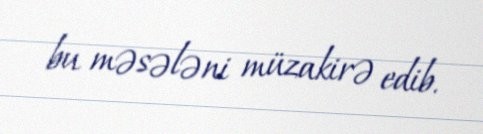
bu məsələni müzakirə edib.